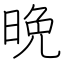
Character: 晩